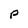
Character: p